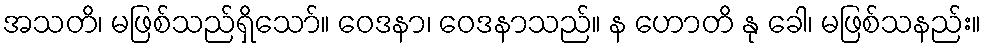
အသတိ၊ မဖြစ်သည်ရှိသော်။ ဝေဒနာ၊ ဝေဒနာသည်။ န ဟောတိ နု ခေါ၊ မဖြစ်သနည်း။